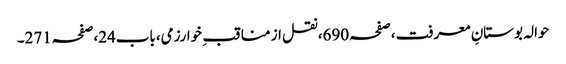
حوالہ بوستانِ معرفت،صفحہ690،نقل از مناقب ِ خوارزمی،باب24،صفحہ271۔